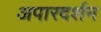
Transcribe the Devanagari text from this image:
अपारदर्शन